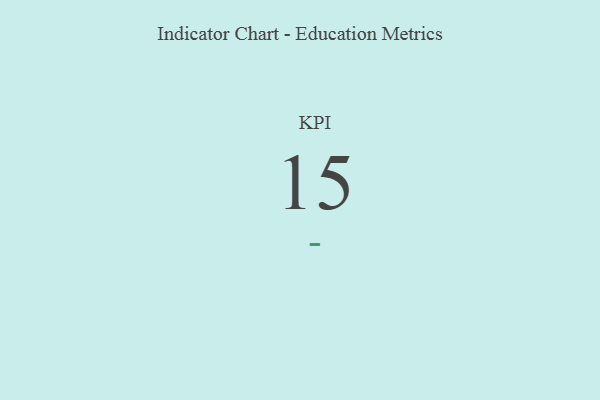
{"axis": {"x": "KPI", "y": "Value"}, "legend": [""], "data": [{"x": "KPI", "y": 15, "type": ""}]}